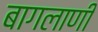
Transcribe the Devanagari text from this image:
बागलाणी